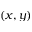
( x , y )